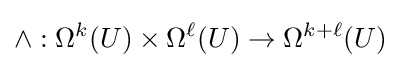
\wedge :\Omega ^{k}(U)\times \Omega ^{\ell }(U)\to \Omega ^{k+\ell }(U)